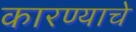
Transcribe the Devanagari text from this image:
कारण्याचे